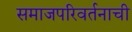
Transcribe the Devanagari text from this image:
समाजपरिवर्तनाची